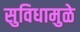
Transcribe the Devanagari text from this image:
सुविधामुळे